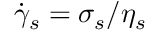
\dot { \gamma } _ { s } = \sigma _ { s } / \eta _ { s }